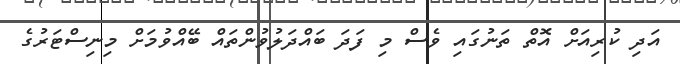
އަދި ކުރިއަށް އޮތް ތަނުގައި ވެސް މި ފަދަ ބައްދަލުވުންތައް ބޭއްވުމަށް މިނިސްޓަރުގެ